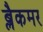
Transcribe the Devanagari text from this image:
ब्लैकमर